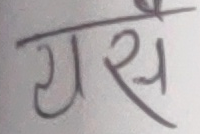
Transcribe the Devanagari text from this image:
यसै